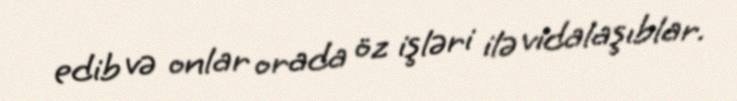
edib və onlar orada öz işləri ilə vidalaşıblar.